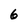
Character: 6